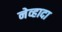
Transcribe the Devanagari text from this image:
नेव्हादा